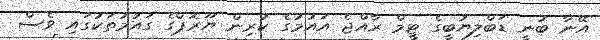
އޭނާ ބުނީ ޑަބްލިޔުބީގެ ޓީމް ރާއްޖެ އައުމުގެ ކުރިން ޔޫރޮޕްގެ ގައުމުތަކުގައި ވެސް